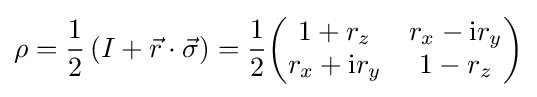
\rho ={\frac {1}{2}}\left(I+{\vec {r}}\cdot {\vec {\sigma }}\right)={\frac {1}{2}}{\begin{pmatrix}1+r_{z}&r_{x}-\mathrm {i} r_{y}\\r_{x}+\mathrm {i} r_{y}&1-r_{z}\end{pmatrix}}